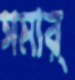
সমার্